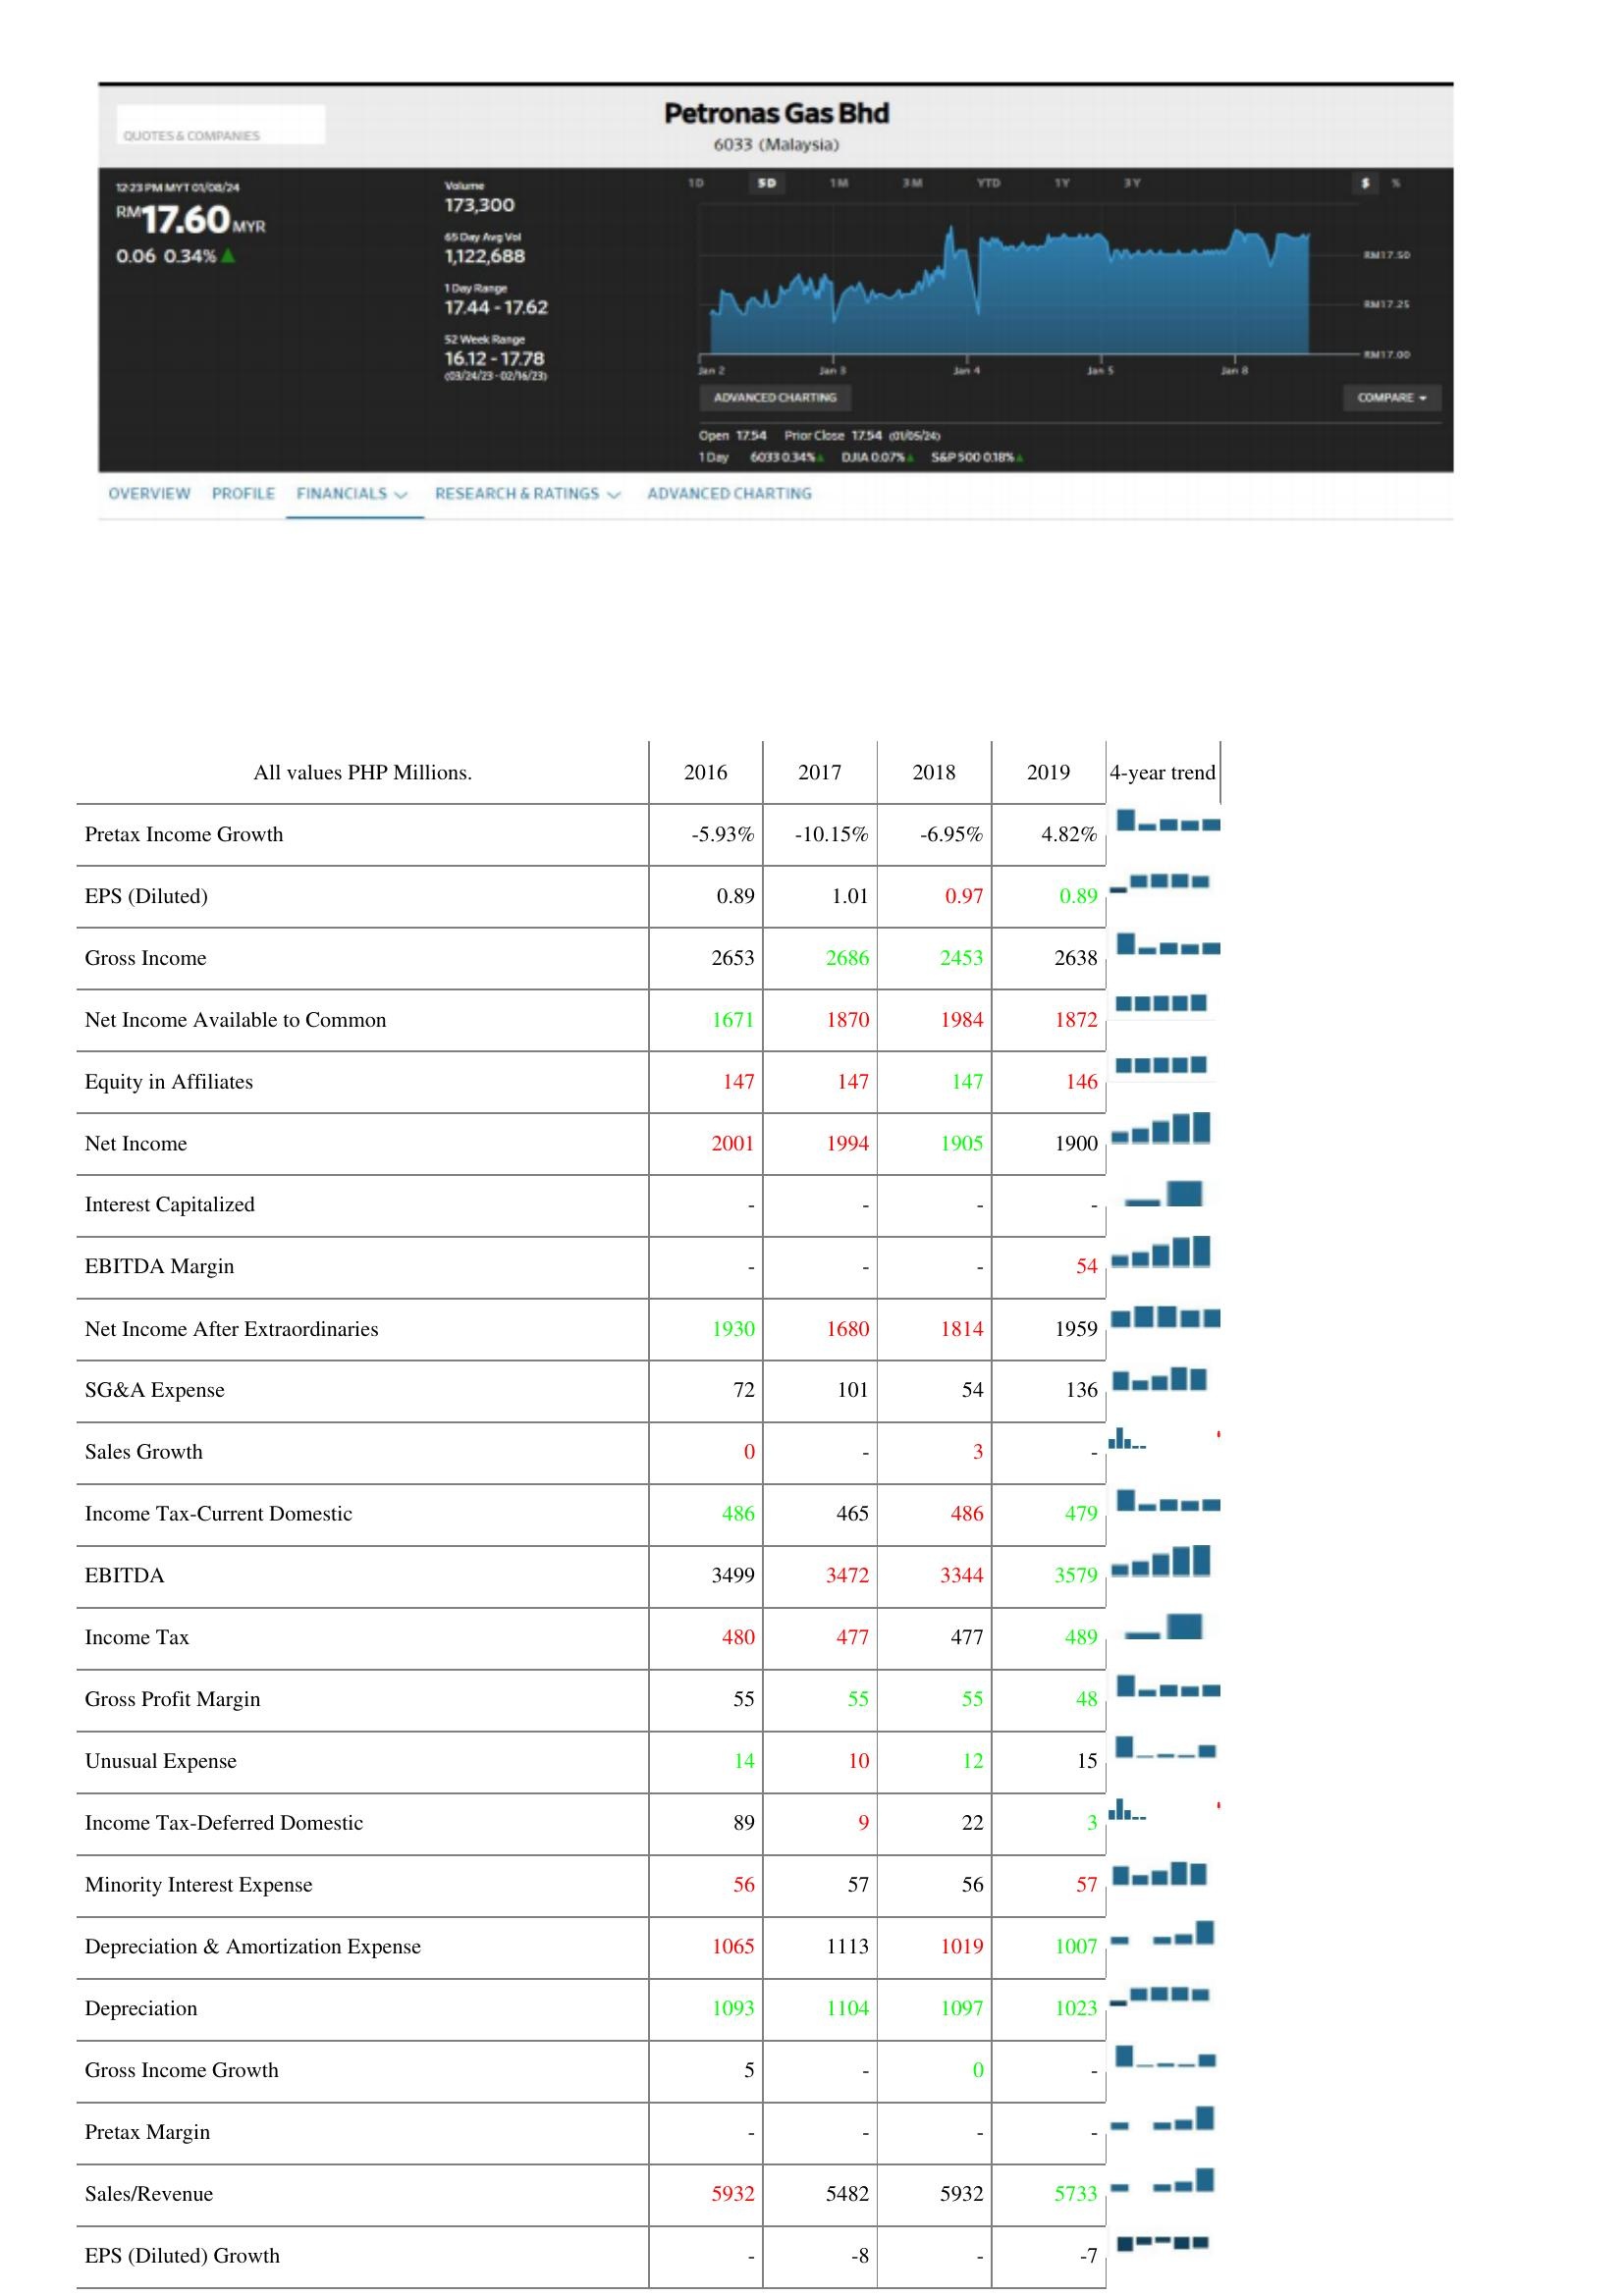
2016: : Pretax Income Growth: -5.93%
EPS (Diluted): 0.89
Gross Income: 2653
Net Income Available to Common: 1671
Equity in Affiliates: 147
Net Income: 2001
Interest Capitalized: -
EBITDA Margin: -
Net Income After Extraordinaries: 1930
SG&A Expense: 72
Sales Growth: 0
Income Tax-Current Domestic: 486
EBITDA: 3499
Income Tax: 480
Gross Profit Margin: 55
Unusual Expense: 14
Income Tax-Deferred Domestic: 89
Minority Interest Expense: 56
Depreciation & Amortization Expense: 1065
Depreciation: 1093
Gross Income Growth: 5
Pretax Margin: -
Sales/Revenue: 5932
EPS (Diluted) Growth: -
2017: : Pretax Income Growth: -10.15%
EPS (Diluted): 1.01
Gross Income: 2686
Net Income Available to Common: 1870
Equity in Affiliates: 147
Net Income: 1994
Interest Capitalized: -
EBITDA Margin: -
Net Income After Extraordinaries: 1680
SG&A Expense: 101
Sales Growth: -
Income Tax-Current Domestic: 465
EBITDA: 3472
Income Tax: 477
Gross Profit Margin: 55
Unusual Expense: 10
Income Tax-Deferred Domestic: 9
Minority Interest Expense: 57
Depreciation & Amortization Expense: 1113
Depreciation: 1104
Gross Income Growth: -
Pretax Margin: -
Sales/Revenue: 5482
EPS (Diluted) Growth: -8
2018: : Pretax Income Growth: -6.95%
EPS (Diluted): 0.97
Gross Income: 2453
Net Income Available to Common: 1984
Equity in Affiliates: 147
Net Income: 1905
Interest Capitalized: -
EBITDA Margin: -
Net Income After Extraordinaries: 1814
SG&A Expense: 54
Sales Growth: 3
Income Tax-Current Domestic: 486
EBITDA: 3344
Income Tax: 477
Gross Profit Margin: 55
Unusual Expense: 12
Income Tax-Deferred Domestic: 22
Minority Interest Expense: 56
Depreciation & Amortization Expense: 1019
Depreciation: 1097
Gross Income Growth: 0
Pretax Margin: -
Sales/Revenue: 5932
EPS (Diluted) Growth: -
2019: : Pretax Income Growth: 4.82%
EPS (Diluted): 0.89
Gross Income: 2638
Net Income Available to Common: 1872
Equity in Affiliates: 146
Net Income: 1900
Interest Capitalized: -
EBITDA Margin: 54
Net Income After Extraordinaries: 1959
SG&A Expense: 136
Sales Growth: -
Income Tax-Current Domestic: 479
EBITDA: 3579
Income Tax: 489
Gross Profit Margin: 48
Unusual Expense: 15
Income Tax-Deferred Domestic: 3
Minority Interest Expense: 57
Depreciation & Amortization Expense: 1007
Depreciation: 1023
Gross Income Growth: -
Pretax Margin: -
Sales/Revenue: 5733
EPS (Diluted) Growth: -7